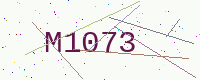
Text: M1073